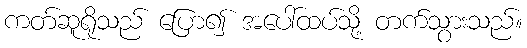
ကတ်ဆူရိုသည် ပြော၍ အပေါ်ထပ်သို့ တက်သွားသည်။